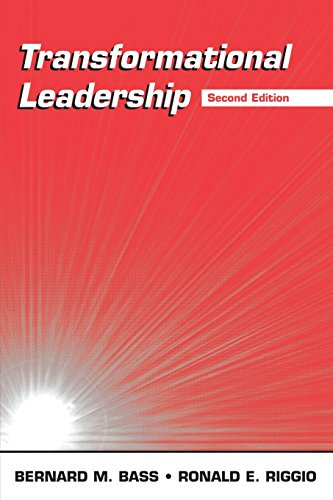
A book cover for Transformational Leadership; Bernard M. Bass; Medical Books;